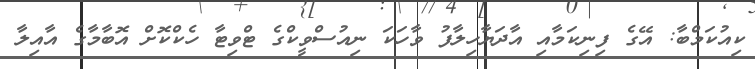
ކިއުކަމްބާ: އޭގެ ފިނިކަމާއި އާދަޔާހިލާފު ވާހަކަ ނިއުސްވީކްގެ ޓްވިޓާ ހެކްކޮށް އޮބާމާގެ އާއިލާ